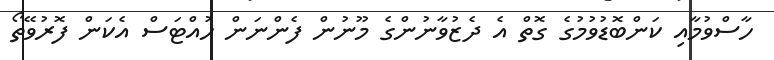
ހާސްވުމާއި ކަންބޮޑުވުމުގެ ގޮތް އެ ދެޒުވާނުންގެ މޫނުން ފެންނަން ހުއްޓަސް އެކަން ފޮރުވޭތޯ